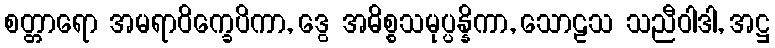
စတ္တာရော အမရာဝိက္ခေပိကာ, ဒွေ အဓိစ္စသမုပ္ပန္နိကာ, သောဠသ သညီဝါဒါ, အဋ္ဌ